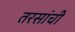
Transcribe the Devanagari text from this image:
तरसांची